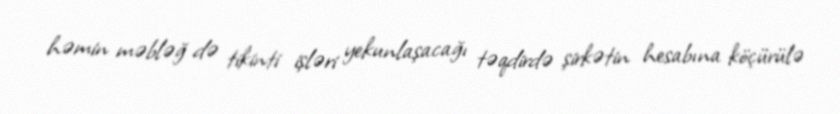
həmin məbləğ də tikinti işləri yekunlaşacağı təqdirdə şirkətin hesabına köçürülə